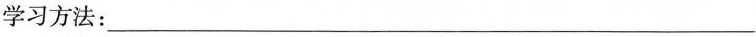
学习方法：___